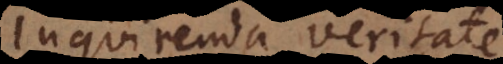
inquirenda veritate,